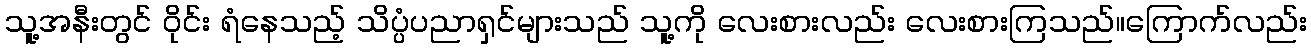
သူ့အနီးတွင် ဝိုင်း ရံနေသည့် သိပ္ပံပညာရှင်များသည် သူ့ကို လေးစားလည်း လေးစားကြသည်။ကြောက်လည်း